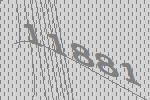
11881